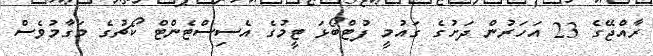
ރާއްޖޭގެ 23 އަހަރުން ދަށުގެ ގައުމީ ފުޓްބޯޅަ ޓީމުގެ އެސިސްޓެންޓް ކޯޗުގެ މަގާމުވެސް